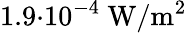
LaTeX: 1.9{\cdot}10^{-4}\ \mathrm{W}/\mathrm{m}^{2}